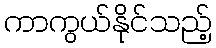
ကာကွယ်နိုင်သည့်